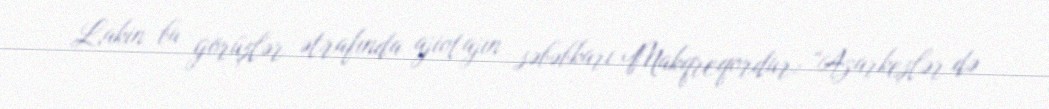
Lakin bu görüşlər ətrafında ajiotajın səbəbkarı Makqreqordur: “Azarkeşlər də